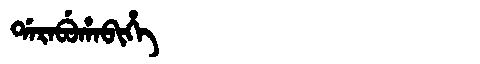
Manchu: ᡩᠠᡵᠠᠪᡠᡥᠠᠪᡳᡥᡝ
Romanization: DARABUHABIHE